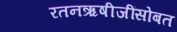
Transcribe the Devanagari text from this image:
रतनऋषीजींसोबत